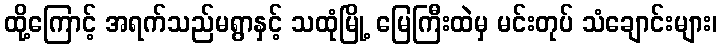
ထို့ကြောင့် အရက်သည်မရွာနှင့် သထုံမြို့ မြေကြီးထဲမှ မင်းတုပ် သံချောင်းများ၊